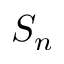
S _ { n }